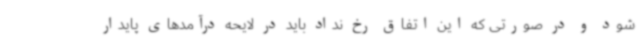
شود و در صورتی که این اتفاق رخ نداد باید در لایحه درآمدهای پایدار